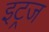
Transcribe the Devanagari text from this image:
इट्रज